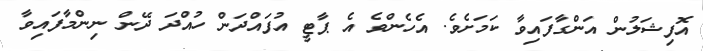
އޮފިޝަލުން އަންގާފައިވާ ކަމަށެވެ. އެހެންވެ އެ ޕާޓީ އުފައްދަން ހުއްދަ ދޭން ނިންމާފައިވާ